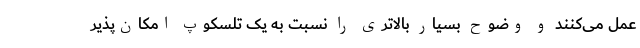
عمل می‌کنند و وضوح بسیار بالاتری را نسبت به یک تلسکوپ امکان‌پذیر